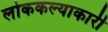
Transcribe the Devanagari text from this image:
लोककल्याकारी